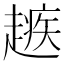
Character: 𧽑